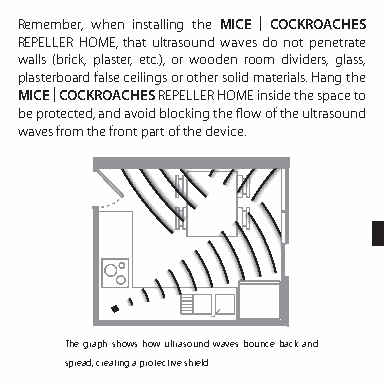
Remember, when installing the MICE | COCKROACHES
 REPELLER HOME, that ultrasound waves do not penetrate
 walls (brick, plaster, etc.), or wooden room dividers, glass,
 plasterboard false ceilings or other solid materials. Hang the
 MICE | COCKROACHES REPELLER HOME inside the space to
 be protected, and avoid blocking the flow of the ultrasound
 waves from the front part of the device.
 The graph shows how ultrasound waves bounce back and
 spread, creating a protective shield.